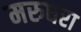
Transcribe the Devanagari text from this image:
मरुधरा